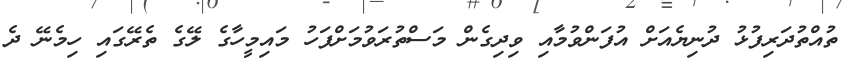
ތުއްތުދަރިފުޅު ދުނިޔެއަށް އުފަންވުމާއި ވިދިގެން މަސްތުރަވުމަށްފަހު މައިމީހާގެ ލޭގެ ތެރޭގައި ހިމެނޭ ދެ